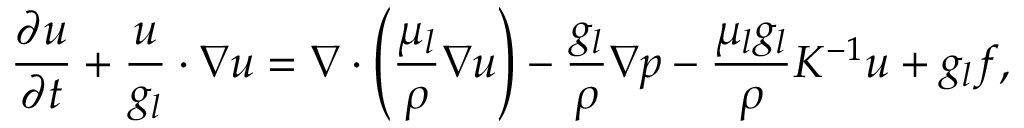
\frac { \partial \boldsymbol { u } } { \partial t } + \frac { \boldsymbol { u } } { g _ { l } } \cdot \nabla \boldsymbol { u } = \nabla \cdot \left( \frac { \mu _ { l } } { \rho } \nabla \boldsymbol { u } \right) - \frac { g _ { l } } { \rho } \nabla p - \frac { \mu _ { l } g _ { l } } { \rho } K ^ { - 1 } \boldsymbol { u } + g _ { l } \boldsymbol { f } ,